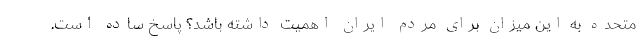
متحده به این میزان برای مردم ایران اهمیت داشته باشد؟ پاسخ ساده است.